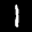
Label: 1